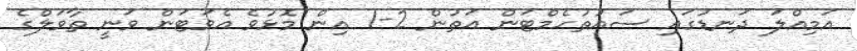
އަމިއްލަ ދަނޑުގައި ސައުތުހެމްޓަން އަތުން 2-1 އިން މޮޅުވެ އެވަޓަން ވަނީ ތާވަލްގެ